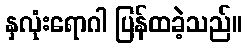
နှလုံးရောဂါ ပြန်ထခဲ့သည်။